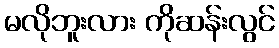
မလိုဘူးလား ကိုဆန်းလွင်